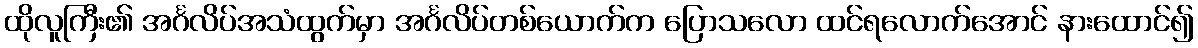
ထိုလူကြီး၏ အင်္ဂလိပ်အသံထွက်မှာ အင်္ဂလိပ်တစ်ယောက်က ပြောသလော ထင်ရလောက်အောင် နားထောင်၍